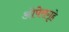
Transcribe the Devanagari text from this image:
ओपेरागृहे